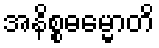
အနိစ္စဓမ္မောတိ